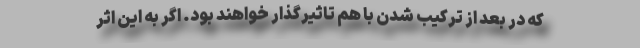
که در بعد از ترکیب شدن با هم تاثیرگذار خواهند بود. اگر به این اثر